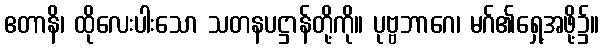
ဧတာနိ၊ ထိုလေးပါးသော သတနပဋ္ဌာန်တို့ကို။ ပုဗ္ဗဘာဂေ၊ မဂ်၏ရှေ့အဖို့၌။